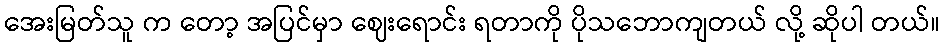
အေးမြတ်သူ က တော့ အပြင်မှာ ဈေးရောင်း ရတာကို ပိုသဘောကျတယ် လို့ ဆိုပါ တယ်။